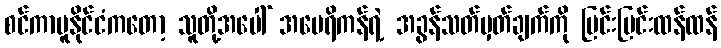
စင်ကာပူနိုင်ငံကတော့ သူတို့အပေါ် အမေရိကန်ရဲ့ အခွန်သတ်မှတ်ချက်ကို ပြင်းပြင်းထန်ထန်